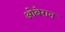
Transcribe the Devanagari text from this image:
ओबेरान